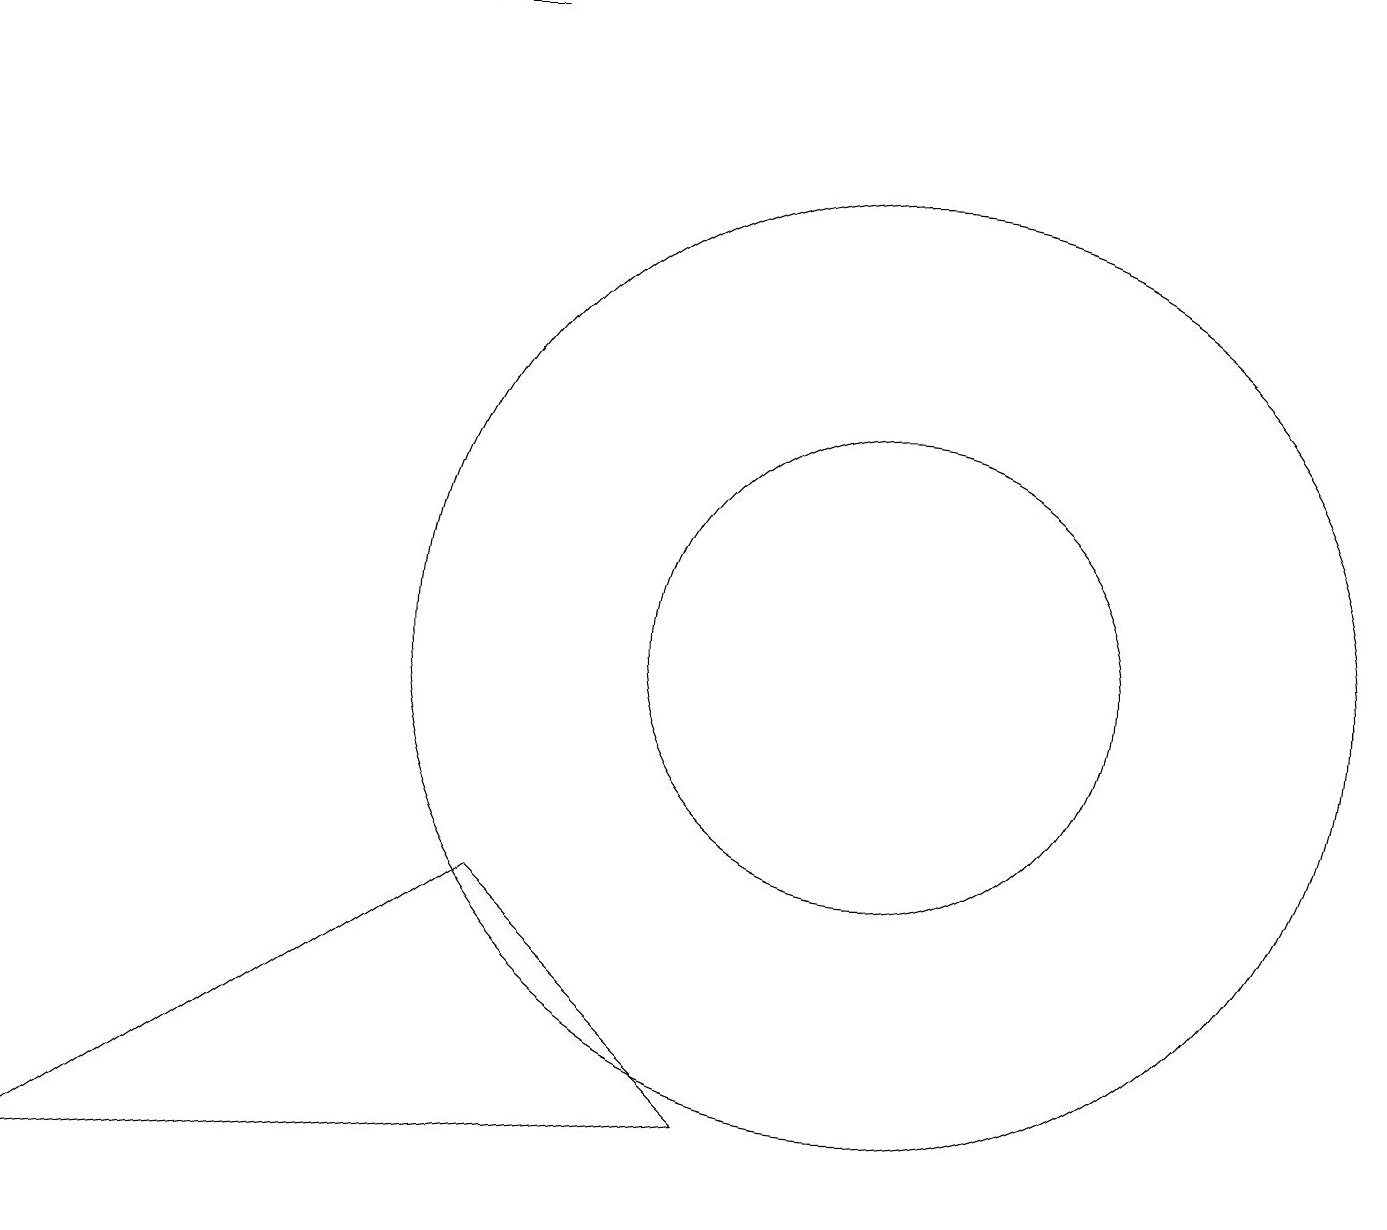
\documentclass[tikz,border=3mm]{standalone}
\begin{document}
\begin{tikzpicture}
\draw (9,4) -- (6,7) -- (0,3) -- cycle;
\draw (11,10) circle (6);
\draw (4,18) rectangle (6,18);
\draw (11,10) circle (3);
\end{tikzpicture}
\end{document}